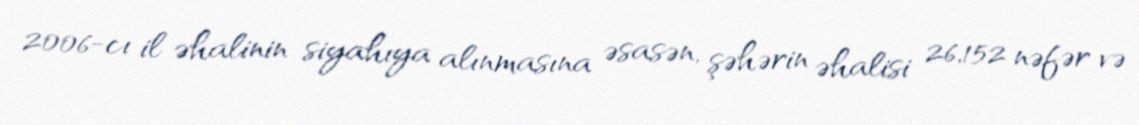
2006-cı il əhalinin siyahıya alınmasına əsasən, şəhərin əhalisi 26,152 nəfər və